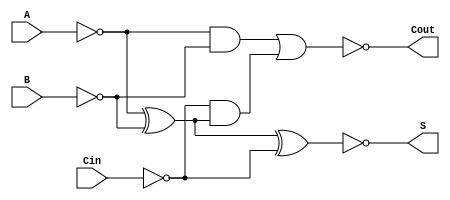
module Negative_Full_Adder (
    input wire A,     // First significant bit
    input wire B,     // Second significant bit
    input wire Cin,   // Carry-in
    output wire S,    // Sum output
    output wire Cout   // Carry-out output
);

// Intermediate signals
wire A_inv, B_inv, Cin_inv;
wire S_temp, Cout_temp;

// Invert inputs for negative logic
assign A_inv = ~A;
assign B_inv = ~B;
assign Cin_inv = ~Cin;

// Calculate Sum: S = A  B  Cin
assign S_temp = A_inv ^ B_inv ^ Cin_inv; // XOR operation in negative logic
assign S = ~S_temp; // Invert the output for negative logic

// Calculate Carry-out: Cout = (A  B) + (Cin  (A  B))
wire AB, A_XOR_B;

// Calculate A  B
assign A_XOR_B = A_inv ^ B_inv; // XOR in negative logic

// Calculate A  B
assign AB = A_inv & B_inv; // AND in negative logic

// Calculate Cin  (A  B)
wire Cin_and_A_XOR_B;
assign Cin_and_A_XOR_B = Cin_inv & A_XOR_B; // AND in negative logic

// Calculate Cout: Cout = (A  B) + (Cin  (A  B))
assign Cout_temp = AB | Cin_and_A_XOR_B; // OR in negative logic
assign Cout = ~Cout_temp; // Invert the output for negative logic

endmodule